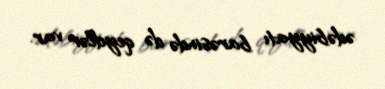
ədəbiyyatı barəsində də qeydlər var.